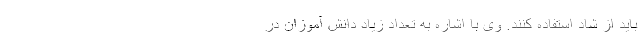
باید از شاد استفاده کنند. وی با اشاره به تعداد زیاد دانش آموزان در